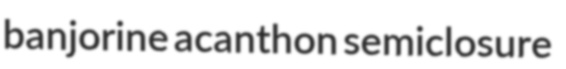
banjorine acanthon semiclosure